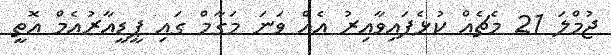
ޖުމްލަ 21 މެޗެއް ކުޅެފައިވާއިރު އެއް ވަނަ މަގާމް ގައި ޕީޑީއާރުއެމް އޮތީ